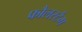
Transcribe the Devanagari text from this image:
फौलस्टैग